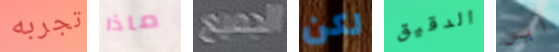
تجربه ماذا الجميع لكن الدقيق أين